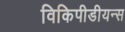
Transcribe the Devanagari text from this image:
विकिपीडीयन्स